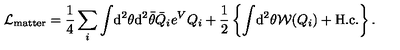
{ \cal L } _ { \mathrm { m a t t e r } } = \frac { 1 } { 4 } \sum _ { i } \int \! \mathrm { d } ^ { 2 } \theta \mathrm { d } ^ { 2 } \bar { \theta } \bar { Q } _ { i } e ^ { V } Q _ { i } + \frac { 1 } { 2 } \left\{ \int \! \mathrm { d } ^ { 2 } \theta { \cal W } ( Q _ { i } ) + \mathrm { H . c . } \right\} .